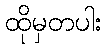
ထိုမှတပါး